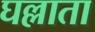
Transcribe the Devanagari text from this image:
घल्लाता